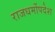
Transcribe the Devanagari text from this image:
राजधर्मोपदेश